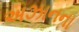
અઝાનના